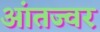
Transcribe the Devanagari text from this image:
आंतज्वर